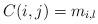
LaTeX: \begin{align*}C(i, j) = m_{i,l}\end{align*}